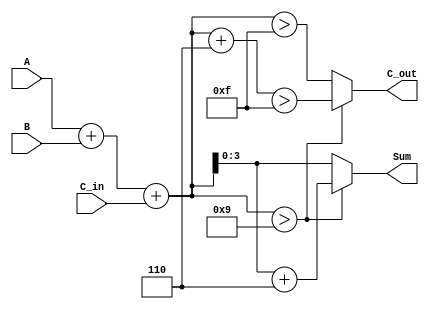
module BCD_Parallel_Adder (
    input  [3:0] A,        // 4-bit BCD digit from the first number
    input  [3:0] B,        // 4-bit BCD digit from the second number
    input        C_in,      // 1-bit carry input from the previous digit's addition
    output reg [3:0] Sum,   // 4-bit output representing the BCD result
    output reg C_out        // 1-bit carry output
);

    wire [4:0] Sum_bin;     // 5-bit to accommodate carry from addition
    wire correction;         // Correction flag

    // Step 1: Basic addition of A, B, and C_in
    assign Sum_bin = A + B + C_in;

    // Step 2: Determine if correction is needed (if Sum_bin > 9)
    assign correction = (Sum_bin > 9);

    always @(*) begin
        if (correction) begin
            // Apply correction by adding 6 (0110 in binary)
            Sum = Sum_bin + 5'd6; // Use 5'd6 to ensure proper addition
            C_out = (Sum_bin + 5'd6) > 15; // Check if correction causes overflow
        end else begin
            // No correction needed
            Sum = Sum_bin[3:0]; // Take the lower 4 bits
            C_out = Sum_bin > 15; // Check if original sum exceeds 15
        end
    end

endmodule